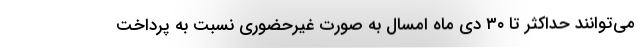
می‌توانند حداکثر تا ۳۰ دی ماه امسال به صورت غیرحضوری نسبت به پرداخت